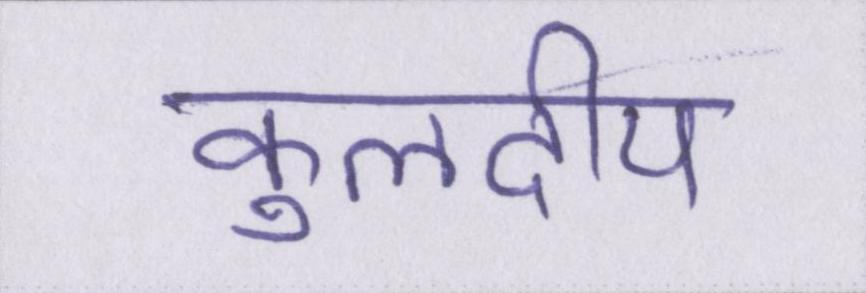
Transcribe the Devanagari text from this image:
कुलदीप